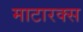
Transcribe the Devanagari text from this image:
माटारक्स